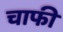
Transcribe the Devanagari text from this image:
चाफी